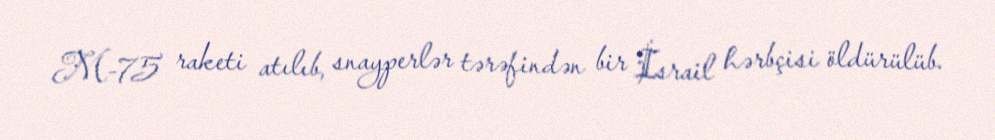
M-75 raketi atılıb, snayperlər tərəfindən bir İsrail hərbçisi öldürülüb.